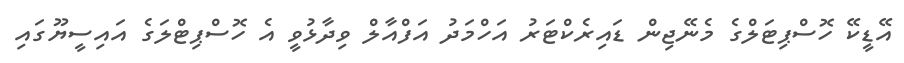
އޭޑީކޭ ހޮސްޕިޓަލްގެ މެނޭޖިން ޑައިރެކްޓަރު އަހްމަދު އަފްއާލް ވިދާޅުވީ އެ ހޮސްޕިޓްލަގެ އައިސީޔޫގައި